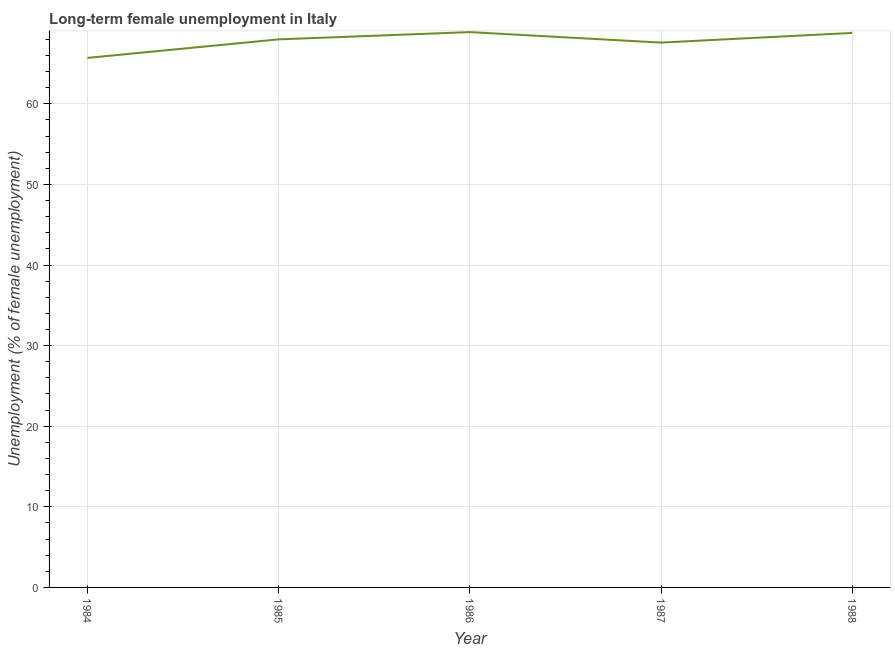
| Year | Long-term unemployment female |
 | --- | --- |
 | 1984 | 65.7 |
 | 1985 | 68 |
 | 1986 | 68.9 |
 | 1987 | 67.6 |
 | 1988 | 68.8 |